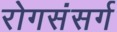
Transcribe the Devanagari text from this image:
रोगसंसर्ग